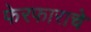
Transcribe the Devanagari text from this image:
फेरफाराचे